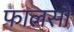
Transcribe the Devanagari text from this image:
फालसों